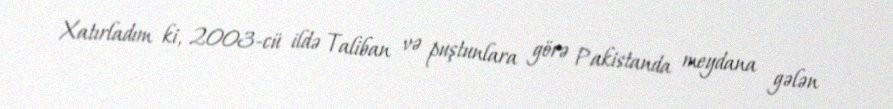
Xatırladım ki, 2003-cü ildə Taliban və puştunlara görə Pakistanda meydana gələn